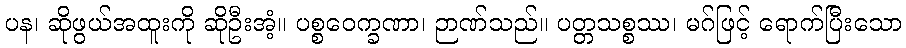
ပန၊ ဆိုဖွယ်အထူးကို ဆိုဦးအံ့။ ပစ္စဝေက္ခဏာ၊ ဉာဏ်သည်။ ပတ္တသစ္စဿ၊ မဂ်ဖြင့် ရောက်ပြီးသော